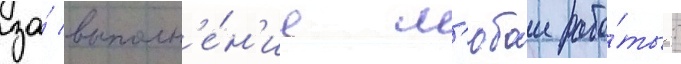
за́ выполн'е́н'ие л'юбои рабо́ты: